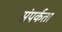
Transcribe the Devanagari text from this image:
संपर्कता